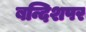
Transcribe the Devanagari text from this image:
बन्दिशपर